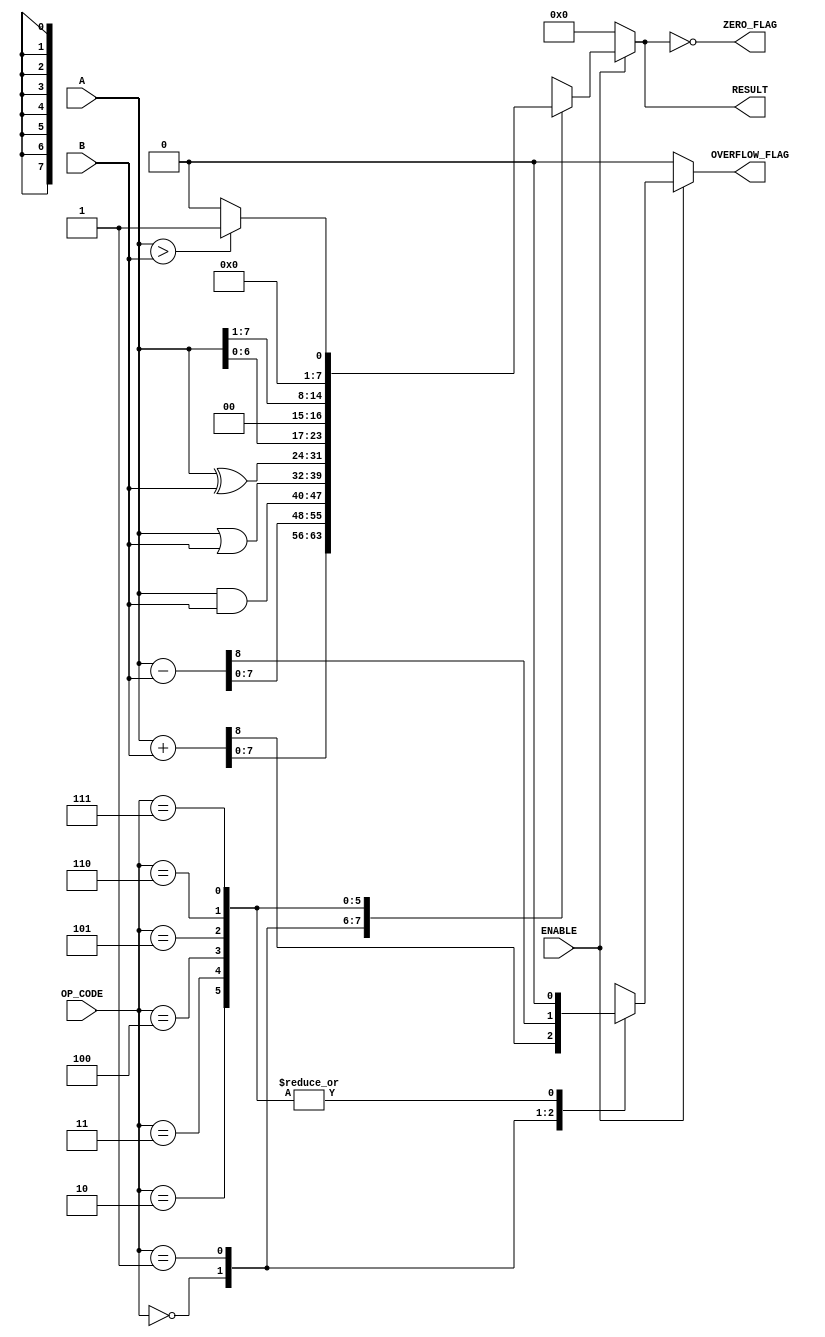
module parameterized_alu #(
    parameter DATA_WIDTH = 8,              // Parameter for data width
    parameter OPERATION_COUNT = 3           // Parameter for number of operations
)(
    input wire [DATA_WIDTH-1:0] A,         // First operand
    input wire [DATA_WIDTH-1:0] B,         // Second operand
    input wire [OPERATION_COUNT-1:0] OP_CODE, // Operation code
    input wire ENABLE,                      // Enable signal
    output reg [DATA_WIDTH-1:0] RESULT,    // Result of operation
    output reg ZERO_FLAG,                   // Zero flag
    output reg OVERFLOW_FLAG                 // Overflow flag
);

    always @(*) begin
        if (ENABLE) begin
            case (OP_CODE)
                0: begin // Addition
                    {OVERFLOW_FLAG, RESULT} = A + B;
                end
                1: begin // Subtraction
                    {OVERFLOW_FLAG, RESULT} = A - B;
                end
                2: begin // Bitwise AND
                    OVERFLOW_FLAG = 1'b0; // No overflow for logical operations
                    RESULT = A & B;
                end
                3: begin // Bitwise OR
                    OVERFLOW_FLAG = 1'b0; // No overflow for logical operations
                    RESULT = A | B;
                end
                4: begin // Bitwise XOR
                    OVERFLOW_FLAG = 1'b0; // No overflow for logical operations
                    RESULT = A ^ B;
                end
                5: begin // Shift left
                    OVERFLOW_FLAG = 1'b0; // No overflow for shifting
                    RESULT = A << 1; // Shift left by 1
                end
                6: begin // Shift right
                    OVERFLOW_FLAG = 1'b0; // No overflow for shifting
                    RESULT = A >> 1; // Shift right by 1
                end
                7: begin // Comparison (greater than)
                    OVERFLOW_FLAG = 1'b0; // No overflow for comparison
                    RESULT = (A > B) ? 1 : 0; // Result will be 1 if A > B
                end
                // Add more operations as needed
                default: begin
                    RESULT = {DATA_WIDTH{1'b0}}; // Default case
                    OVERFLOW_FLAG = 1'b0; // No overflow
                end
            endcase
        end else begin
            RESULT = {DATA_WIDTH{1'b0}}; // Default output when not enabled
            ZERO_FLAG = 1'b0; // Reset zero flag
            OVERFLOW_FLAG = 1'b0; // Reset overflow flag
        end

        // Calculate ZERO_FLAG
        ZERO_FLAG = (RESULT == {DATA_WIDTH{1'b0}});
    end
endmodule